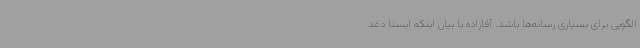
الگویی برای بسیاری رسانه‌ها باشد. آقازاده با بیان اینکه ایسنا دغد